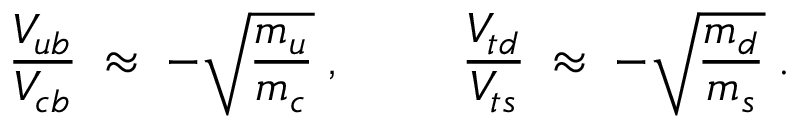
\frac { V _ { u b } } { V _ { c b } } \; \approx \; - \sqrt { \frac { m _ { u } } { m _ { c } } } \; , \; \; \; \; \; \; \; \; \; \frac { V _ { t d } } { V _ { t s } } \; \approx \; - \sqrt { \frac { m _ { d } } { m _ { s } } } \; .